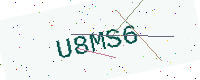
Text: U8MS6